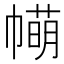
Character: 𢅆